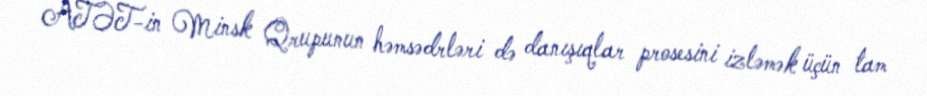
ATƏT-in Minsk Qrupunun həmsədrləri də danışıqlar prosesini izləmək üçün tam